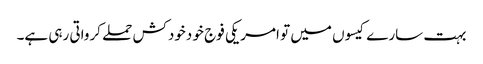
بہت سارے کیسوں میں تو امریکی فوج خو دخودکش حملے کرواتی رہی ہے۔